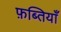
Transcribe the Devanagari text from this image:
फ़ब्तियाँ